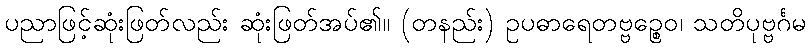
ပညာဖြင့်ဆုံးဖြတ်လည်း ဆုံးဖြတ်အပ်၏။ (တနည်း) ဥပဓာရေတဗ္ဗဉ္စေဝ၊ သတိပုဗ္ဗင်္ဂမ